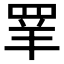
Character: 𰭌